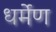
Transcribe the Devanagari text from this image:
धर्मेण